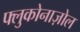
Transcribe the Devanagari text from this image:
फ्लुकोनाज़ोल